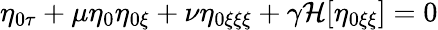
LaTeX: \eta_{0\tau}+\mu\eta_{0}\mathbf{\eta}_{0\xi}+\nu{\eta}_{0\xi\xi\xi}+\gamma\mathcal{H}[\eta_{0\xi\xi}]=0